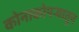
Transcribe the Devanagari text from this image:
कोनाकोपऱ्यातून